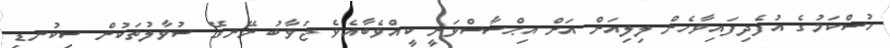
ހުސްކަމުގެ އުފެދިފައިވާހެން ލިލިއަން އަށް އިޙްސާސްވަނީ ކީއްވެބާއެވެ ޖަވާބު ނޭނގޭ ސުވާލުތަކުން ސިކުނޑި